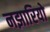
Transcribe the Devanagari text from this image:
नझारियो